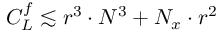
C _ { L } ^ { f } \lesssim r ^ { 3 } \cdot N ^ { 3 } + N _ { x } \cdot r ^ { 2 }